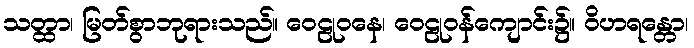
သတ္ထာ၊ မြတ်စွာဘုရားသည်။ ဝေဠုဝနေ၊ ဝေဠုဝန်ကျောင်း၌။ ဝိဟရန္တော၊